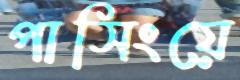
পাসিংয়ে